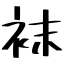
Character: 袜